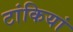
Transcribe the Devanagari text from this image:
टांकियां